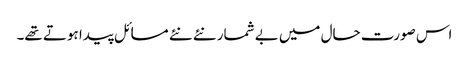
اس صورت حال میں بے شمار نئے نئے مسائل پیدا ہوتے تھے۔